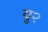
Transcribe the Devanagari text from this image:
यु२